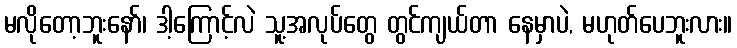
မလိုတော့ဘူးနော်၊ ဒါ့ကြောင့်လဲ သူ့အလုပ်တွေ တွင်ကျယ်တာ နေမှာပဲ, မဟုတ်ပေဘူးလား။